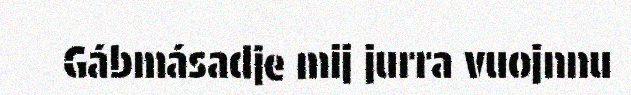
Gábmásadje mij jurra vuojnnu